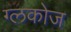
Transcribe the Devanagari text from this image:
ग्लकोज